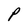
Character: P